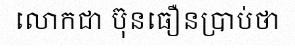
លោកជា ប៊ុនធឿនប្រាប់ថា